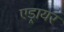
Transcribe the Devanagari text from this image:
एड्रायर